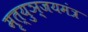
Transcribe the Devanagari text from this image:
मृत्युञ्जयमंत्र